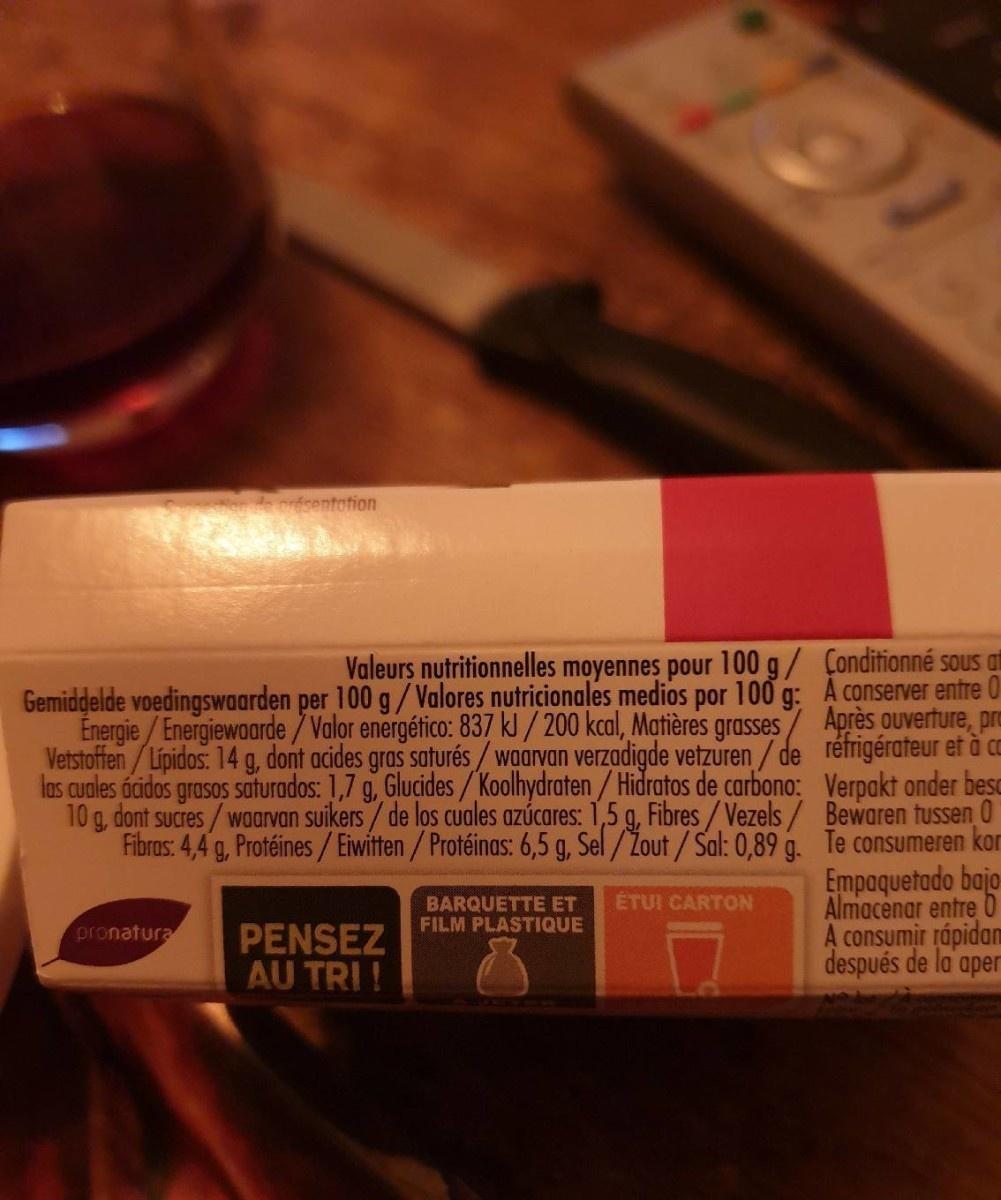
de orésentotion
Valeurs nutritionnelles moyennes pour 100 g/ Conditionné sous at Gemiddelde voedingswaarden per 100 g/Valores nutricionales medios por 100 g: A conserver entre 0 Energie/Energiewoarde / Valor energético: 837 kl / 200 kcal, Matières grasses/ Après ouverture, pro Vetstoffen/Lipidos: 14 g, dont acides gras saturés/waarvan verzadigde vetzuren/ de rétrigérateur et å ca las cuales ácidos grasos saturados: 1,7 g, Glucides /Koolhydraten/ Hidratos de carbono: Verpakt onder besc 10 g, dont sucres/waarvan suikers/ de los cuales azúcares: 1,5 g, Fibres/Vezels/ Bewaren tussen 0 Fibras: 4,4 g, Protéines/Eiwitten/Protéinas: 6,5 g, Sel/Žout /Sal: 0,89 g. Te consumeren kor Empaquetado bajo Almacenar entre O A consumir rápidan después de la aper
ÉTUI CARTON
BARQUETTE ET FILM PLASTIQUE
pronatura
PENSEZ AU TRI !